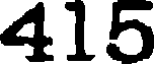
415